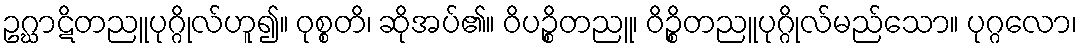
ဥဂ္ဃာဋိတညူပုဂ္ဂိုလ်ဟူ၍။ ဝုစ္စတိ၊ ဆိုအပ်၏။ ဝိပဉ္စိတညူ၊ ဝိဉ္စိတညူပုဂ္ဂိုလ်မည်သော။ ပုဂ္ဂလော၊